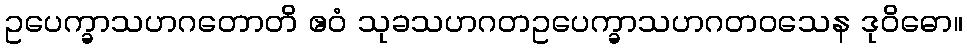
ဥပေက္ခာသဟဂတောတိ ဧဝံ သုခသဟဂတဥပေက္ခာသဟဂတဝသေန ဒုဝိဓော။